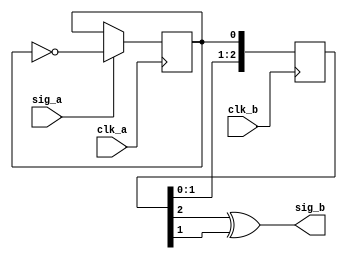
module toggle_synchroniser
#(
    parameter re_edge = 1,
    parameter sync_size = 3
)
(
    input clk_a,
    input sig_a,
    input clk_b,
    output sig_b
);

    wire fast_event;
    reg q = 0;

  reg  [sync_size-1:0]capture_reg = 0;

    // Combinational logic
     assign fast_event = (sig_a == 1'b1) ? ~q : q;
  assign sig_b = capture_reg[sync_size-1] ^ capture_reg[sync_size-2];

    // Detect toggle
  always @(posedge clk_a) begin
        if (re_edge == 1'b1) begin
                q <= fast_event;
        end
    end

    always @(posedge clk_b) begin
        if (re_edge == 1'b1) begin
                capture_reg <= {capture_reg[sync_size-2:0], q};
        end
    end
endmodule